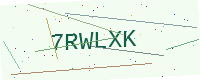
Text: 7RWLXK